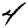
Digit: 4